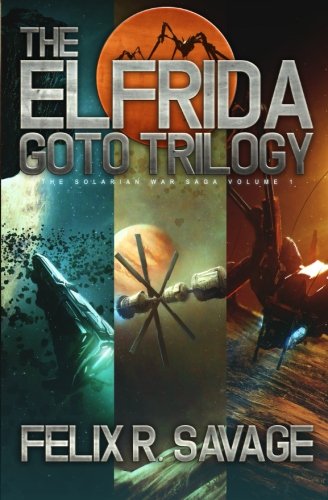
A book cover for The Elfrida Goto Trilogy (The Solarian War Saga Books 1-3): Three Full-Length Thrilling Space Opera Novels; Felix R. Savage; Science Fiction & Fantasy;